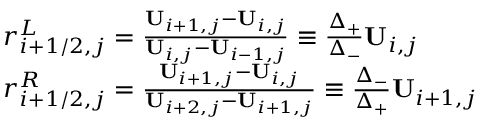
\begin{array} { r l } & { r _ { i + 1 / 2 , j } ^ { L } = \frac { \mathbf { U } _ { i + 1 , j } - \mathbf { U } _ { i , j } } { \mathbf { U } _ { i , j } - \mathbf { U } _ { i - 1 , j } } \equiv \frac { \Delta _ { + } } { \Delta _ { - } } \mathbf { U } _ { i , j } } \\ & { r _ { i + 1 / 2 , j } ^ { R } = \frac { \mathbf { U } _ { i + 1 , j } - \mathbf { U } _ { i , j } } { \mathbf { U } _ { i + 2 , j } - \mathbf { U } _ { i + 1 , j } } \equiv \frac { \Delta _ { - } } { \Delta _ { + } } \mathbf { U } _ { i + 1 , j } } \end{array}